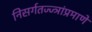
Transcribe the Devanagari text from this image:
निसर्गतज्ज्ञांप्रमाणे